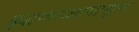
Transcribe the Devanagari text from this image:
बुद्धकाळापासून